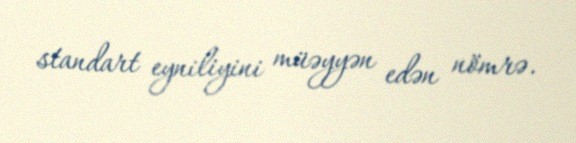
standart eyniliyini müəyyən edən nömrə.